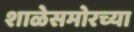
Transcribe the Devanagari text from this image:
शाळेसमोरच्या